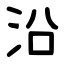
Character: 沿